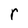
Character: r